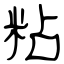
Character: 粘